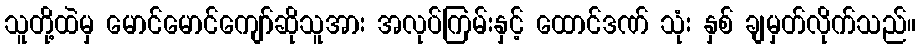
သူတို့ထဲမှ မောင်မောင်ကျော်ဆိုသူအား အလုပ်ကြမ်းနှင့် ထောင်ဒဏ် သုံး နှစ် ချမှတ်လိုက်သည်။